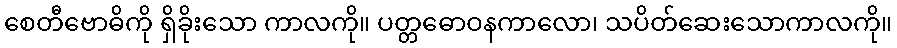
စေတီဗောဓိကို ရှိခိုးသော ကာလကို။ ပတ္တဓောဝနကာလော၊ သပိတ်ဆေးသောကာလကို။